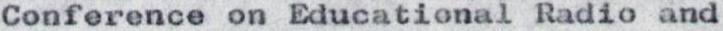
Conference on Educational Radio and